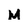
Character: M